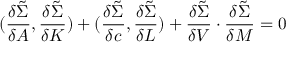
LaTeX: ( { \frac { \delta \tilde { \Sigma } } { \delta A } } , { \frac { \delta \tilde { \Sigma } } { \delta K } } ) + ( { \frac { \delta \tilde { \Sigma } } { \delta c } } , { \frac { \delta \tilde { \Sigma } } { \delta L } } ) + { \frac { \delta \tilde { \Sigma } } { \delta V } } \cdot { \frac { \delta \tilde { \Sigma } } { \delta M } } = 0